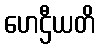
ဟေဌီယတိ